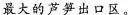
最大的芦笋出口区。